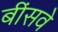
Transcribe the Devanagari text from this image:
बींसवे